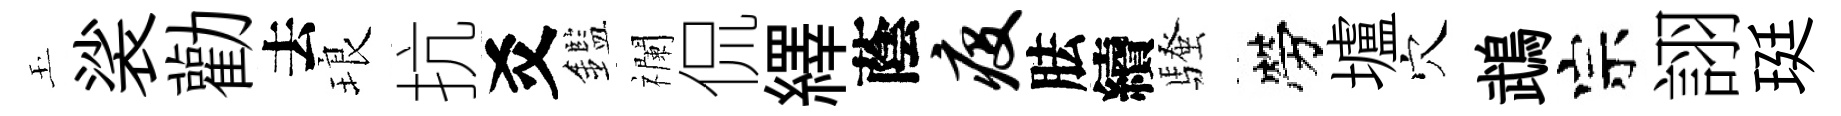
玉裟勸去琅抗爻鑑襴侃繹蔭疫胠續騷勞壚穴鵡宗詡珽